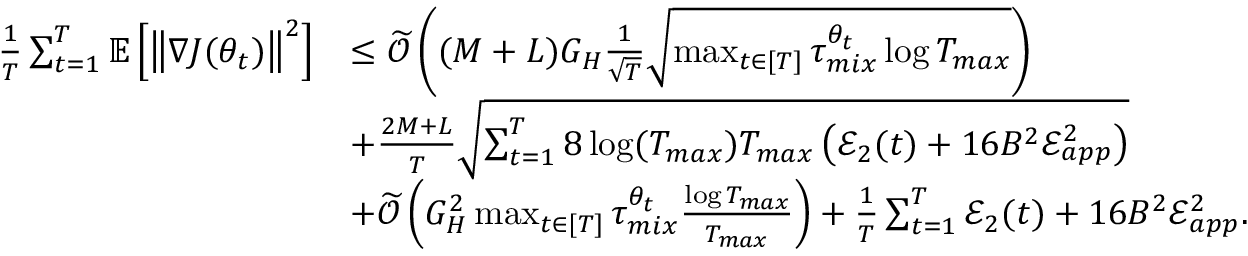
\begin{array} { r l } { \frac { 1 } { T } \sum _ { t = 1 } ^ { T } \mathbb { E } \left[ \left\lVert \nabla J ( \theta _ { t } ) \right\rVert ^ { 2 } \right] } & { \leq \widetilde { \mathcal { O } } \left( ( M + L ) G _ { H } \frac { 1 } { \sqrt { T } } \sqrt { \operatorname* { m a x } _ { t \in [ T ] } \tau _ { m i x } ^ { \theta _ { t } } \log T _ { m a x } } \right) } \\ & { + \frac { 2 M + L } { T } \sqrt { \sum _ { t = 1 } ^ { T } 8 \log ( T _ { m a x } ) T _ { m a x } \left( \mathcal { E } _ { 2 } ( t ) + 1 6 B ^ { 2 } \mathcal { E } _ { a p p } ^ { 2 } \right) } } \\ & { + \widetilde { \mathcal { O } } \left( G _ { H } ^ { 2 } \operatorname* { m a x } _ { t \in [ T ] } \tau _ { m i x } ^ { \theta _ { t } } \frac { \log T _ { m a x } } { T _ { m a x } } \right) + \frac { 1 } { T } \sum _ { t = 1 } ^ { T } \mathcal { E } _ { 2 } ( t ) + 1 6 B ^ { 2 } \mathcal { E } _ { a p p } ^ { 2 } . } \end{array}